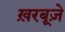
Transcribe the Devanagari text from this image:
ख़रबूज़े